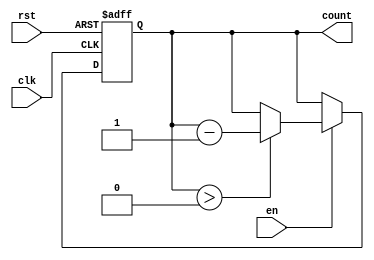
module down_counter #(
    parameter N = 8  // Define the maximum count value (N should be > 0)
)(
    input wire clk,   // Clock signal
    input wire rst,   // Asynchronous reset signal
    input wire en,    // Enable signal for counting
    output reg [N-1:0] count  // Counter output
);

// Initialization of the counter
always @(posedge clk or posedge rst) begin
    if (rst) begin
        count <= N;  // Reset the counter to maximum value N
    end else if (en) begin
        if (count > 0) begin
            count <= count - 1;  // Decrement the counter
        end
    end
end

endmodule